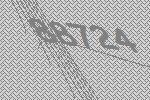
88724